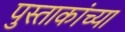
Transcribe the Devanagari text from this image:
पुस्ताकांच्या